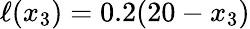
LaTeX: \ell(x_{3})=0.2(20-x_{3})